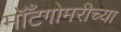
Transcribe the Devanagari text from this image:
मॉँटगोमरीच्या